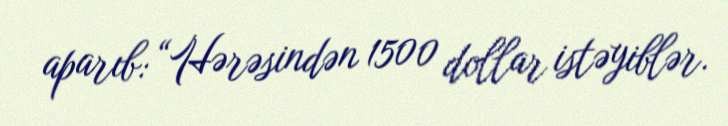
aparıb: “Hərəsindən 1500 dollar istəyiblər.